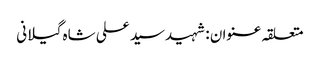
متعلقہ عنوان : شہیدسید علی شاہ گیلانی